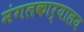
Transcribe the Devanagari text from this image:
मंगलकार्यालय